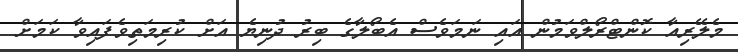
މެލޭރިއާ ކޮންޓްރޯލްވަމުން އައި ނަމަވެސް އެބޯލާގެ ބިރު ދުނިޔެ އަށް ކުރިމަތިވެފައިވާ ކަމަށް